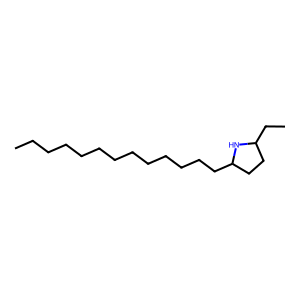
SMILES: CCCCCCCCCCCCCC1CCC(CC)N1
Inhibits HIV replication: No